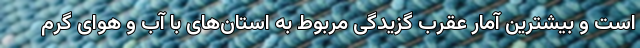
است و بیشترین آمار عقرب گزیدگی مربوط به استان‌های با آب و هوای گرم